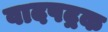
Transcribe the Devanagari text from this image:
वादपद्रक